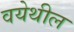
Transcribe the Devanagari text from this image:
वयेथील